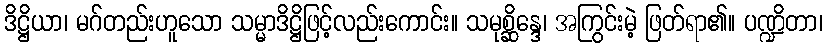
ဒိဋ္ဌိယာ၊ မဂ်တည်းဟူသော သမ္မာဒိဋ္ဌိဖြင့်လည်းကောင်း။ သမုစ္ဆိန္ဒေ၊ အကြွင်းမဲ့ ဖြတ်ရာ၏။ ပဏ္ဍိတာ၊